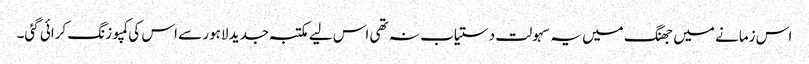
اس زمانے میں جھنگ میں یہ سہولت دستیاب نہ تھی اس لیے مکتبہ جدید لاہور سے اس کی کمپوزنگ کرائی گئی۔